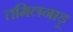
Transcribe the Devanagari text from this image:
तमिलनाड़ू